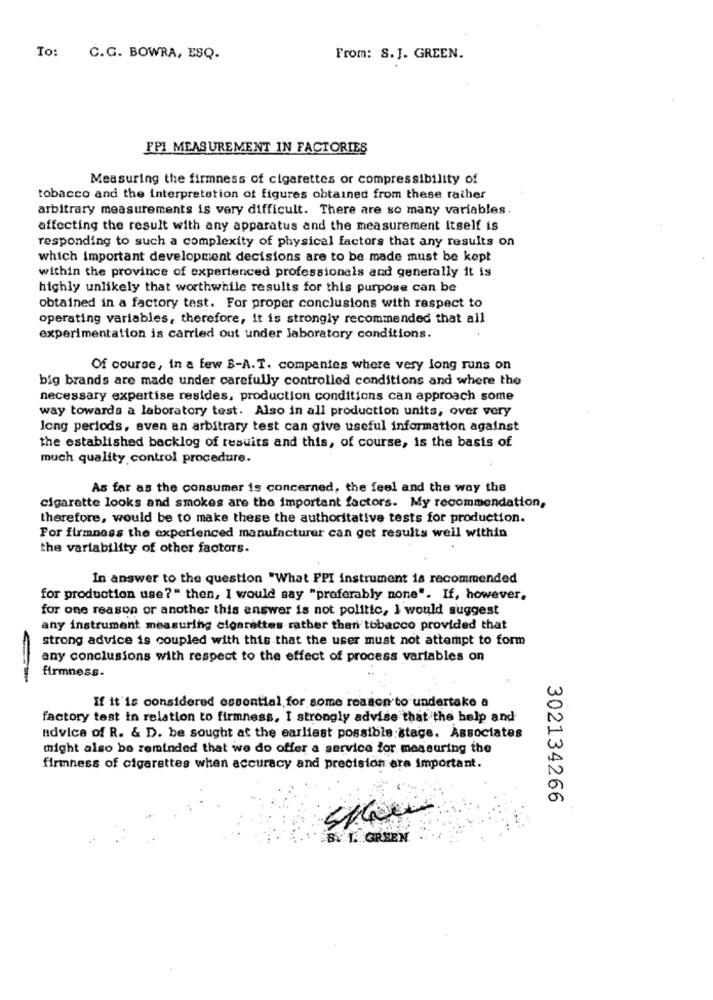
To:
C.G. BOWRA, ESQ.
From: S.J. GREEN.
FPI MEASUREMENT IN FACTORIES
Measuring the firmness of cigarettes or compressibility of
tobacco and the interpretation of figures obtained from these rather
arbitrary measurements is very difficult. There are so many variables.
affecting the result with any apparatus and the measurement itself is
responding to such a complexity of physical factors that any results on
which important development decisions are to be made must be kept
within the province of experienced professionals and generally it is
highly unlikely that worthwhile results for this purpose can be
obtained in a factory test. For proper conclusions with respect to
operating variables, therefore, it is strongly recommended that all
experimentation is carried out under laboratory conditions.
Of course, in a few B-A.T. companies where very long runs on
big brands are made under carefully controlled conditions and where the
necessary expertise resides, production conditions can approach some
way towards a laboratory test. Also in all production units, over very
long periods, even an arbitrary test can give useful information against
the established backlog of resuits and this, of course, is the basis of
much quality control procedure.
As far as the consumer is concerned, the feel and the way the
cigarette looks and smokes are the important factors. My recommendation,
therefore, would be to make these the authoritative tests for production.
For firmness the experienced manufacturer can get results well within
the variability of other factors.
In answer to the question "What FPI instrument is recommended
for production use ?" then, I would say "preferably none". If, however,
for one reason or another this answer is not politic, I would suggest
any instrument measuring cigarettes rather than tobacco provided that
strong advice is coupled with this that the user must not attempt to form
any conclusions with respect to the effect of process variables on
firmness-
If it'is considered essential for some reason to undertake a
factory test in relation to firmness, I strongly advise that the help and
advice of R. & D. be sought at the earliest possible:stage. Associates
might also be reminded that we do offer a service for measuring the
firmness of cigarettes when accuracy and precision era important.
302134266
B. 1. GRSEN